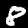
Digit: 8